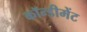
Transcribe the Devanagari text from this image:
कॉन्डीमेंट